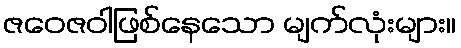
ဇဝေဇဝါဖြစ်နေသော မျက်လုံးများ။